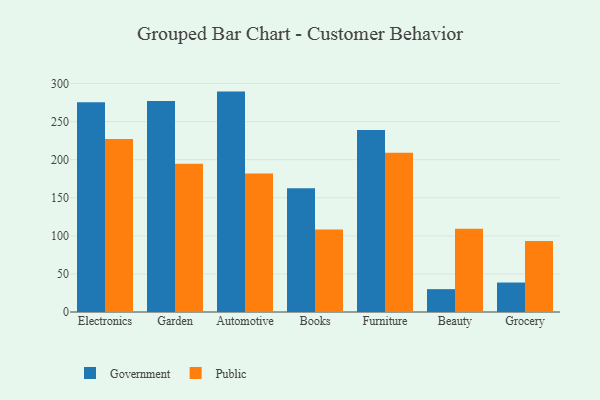
{"axis": {"x": "Category", "y": "Revenue (USD Million)"}, "legend": ["Government", "Public"], "data": [{"x": "Electronics", "y": 275.3, "type": "Government"}, {"x": "Electronics", "y": 227.3, "type": "Public"}, {"x": "Garden", "y": 277.0, "type": "Government"}, {"x": "Garden", "y": 194.8, "type": "Public"}, {"x": "Automotive", "y": 289.4, "type": "Government"}, {"x": "Automotive", "y": 181.9, "type": "Public"}, {"x": "Books", "y": 162.4, "type": "Government"}, {"x": "Books", "y": 108.4, "type": "Public"}, {"x": "Furniture", "y": 239.1, "type": "Government"}, {"x": "Furniture", "y": 209.0, "type": "Public"}, {"x": "Beauty", "y": 30.0, "type": "Government"}, {"x": "Beauty", "y": 109.2, "type": "Public"}, {"x": "Grocery", "y": 38.7, "type": "Government"}, {"x": "Grocery", "y": 93.3, "type": "Public"}]}